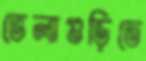
ভেলাগুড়িতে